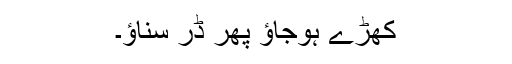
کھڑے ہوجاؤ پھر ڈر سناؤ۔